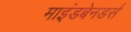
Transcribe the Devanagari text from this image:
माइंडबेनडर्स